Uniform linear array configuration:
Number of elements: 12
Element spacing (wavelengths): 1
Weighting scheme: exponential
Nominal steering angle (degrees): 30
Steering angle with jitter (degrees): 29.452
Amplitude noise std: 0.05
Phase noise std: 0.05

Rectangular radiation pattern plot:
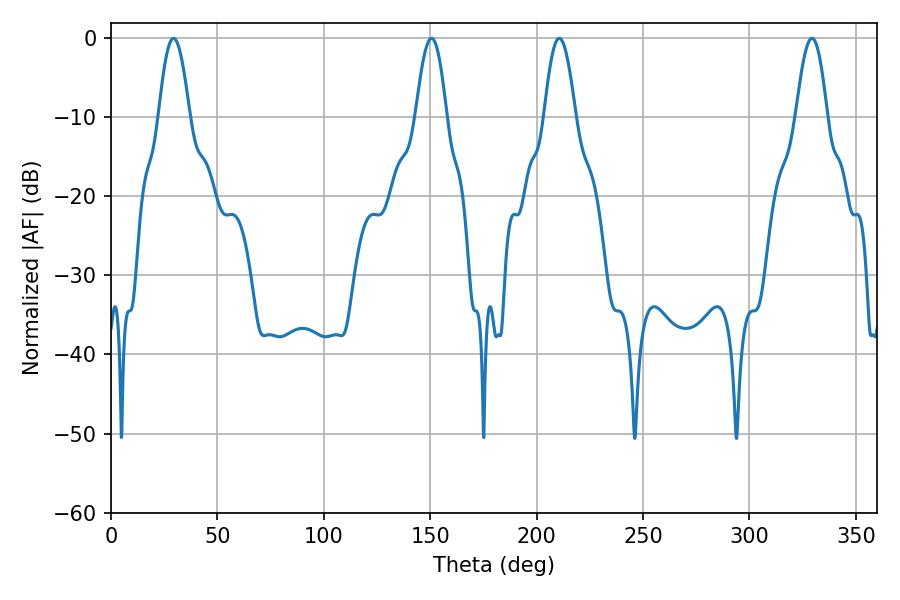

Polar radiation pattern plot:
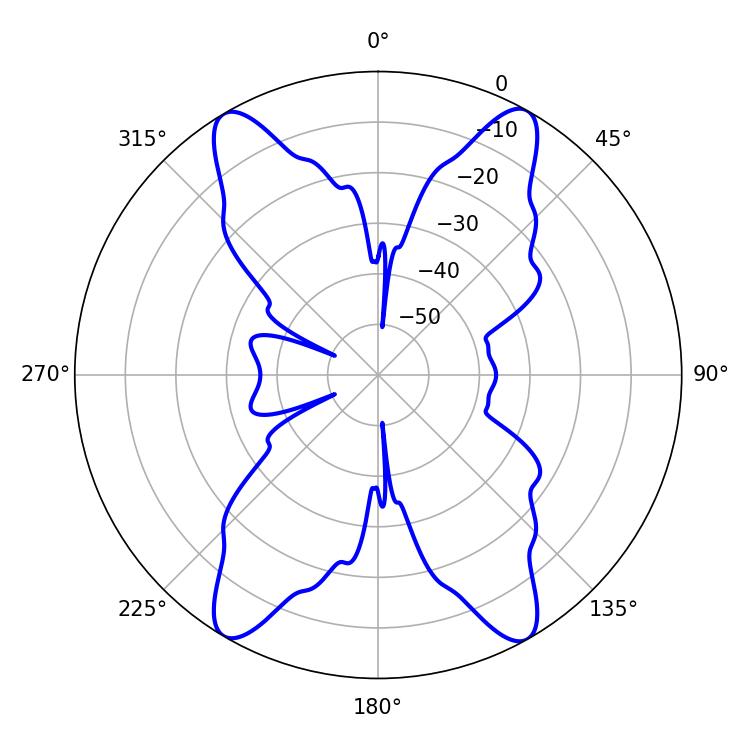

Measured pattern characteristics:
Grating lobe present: TRUE
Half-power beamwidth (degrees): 7.92
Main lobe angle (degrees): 210.6